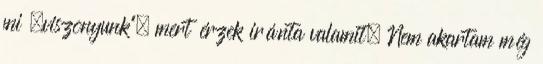
mi „viszonyunk”, mert érzek iránta valamit. Nem akartam még